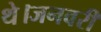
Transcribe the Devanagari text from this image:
थे।जनवरी